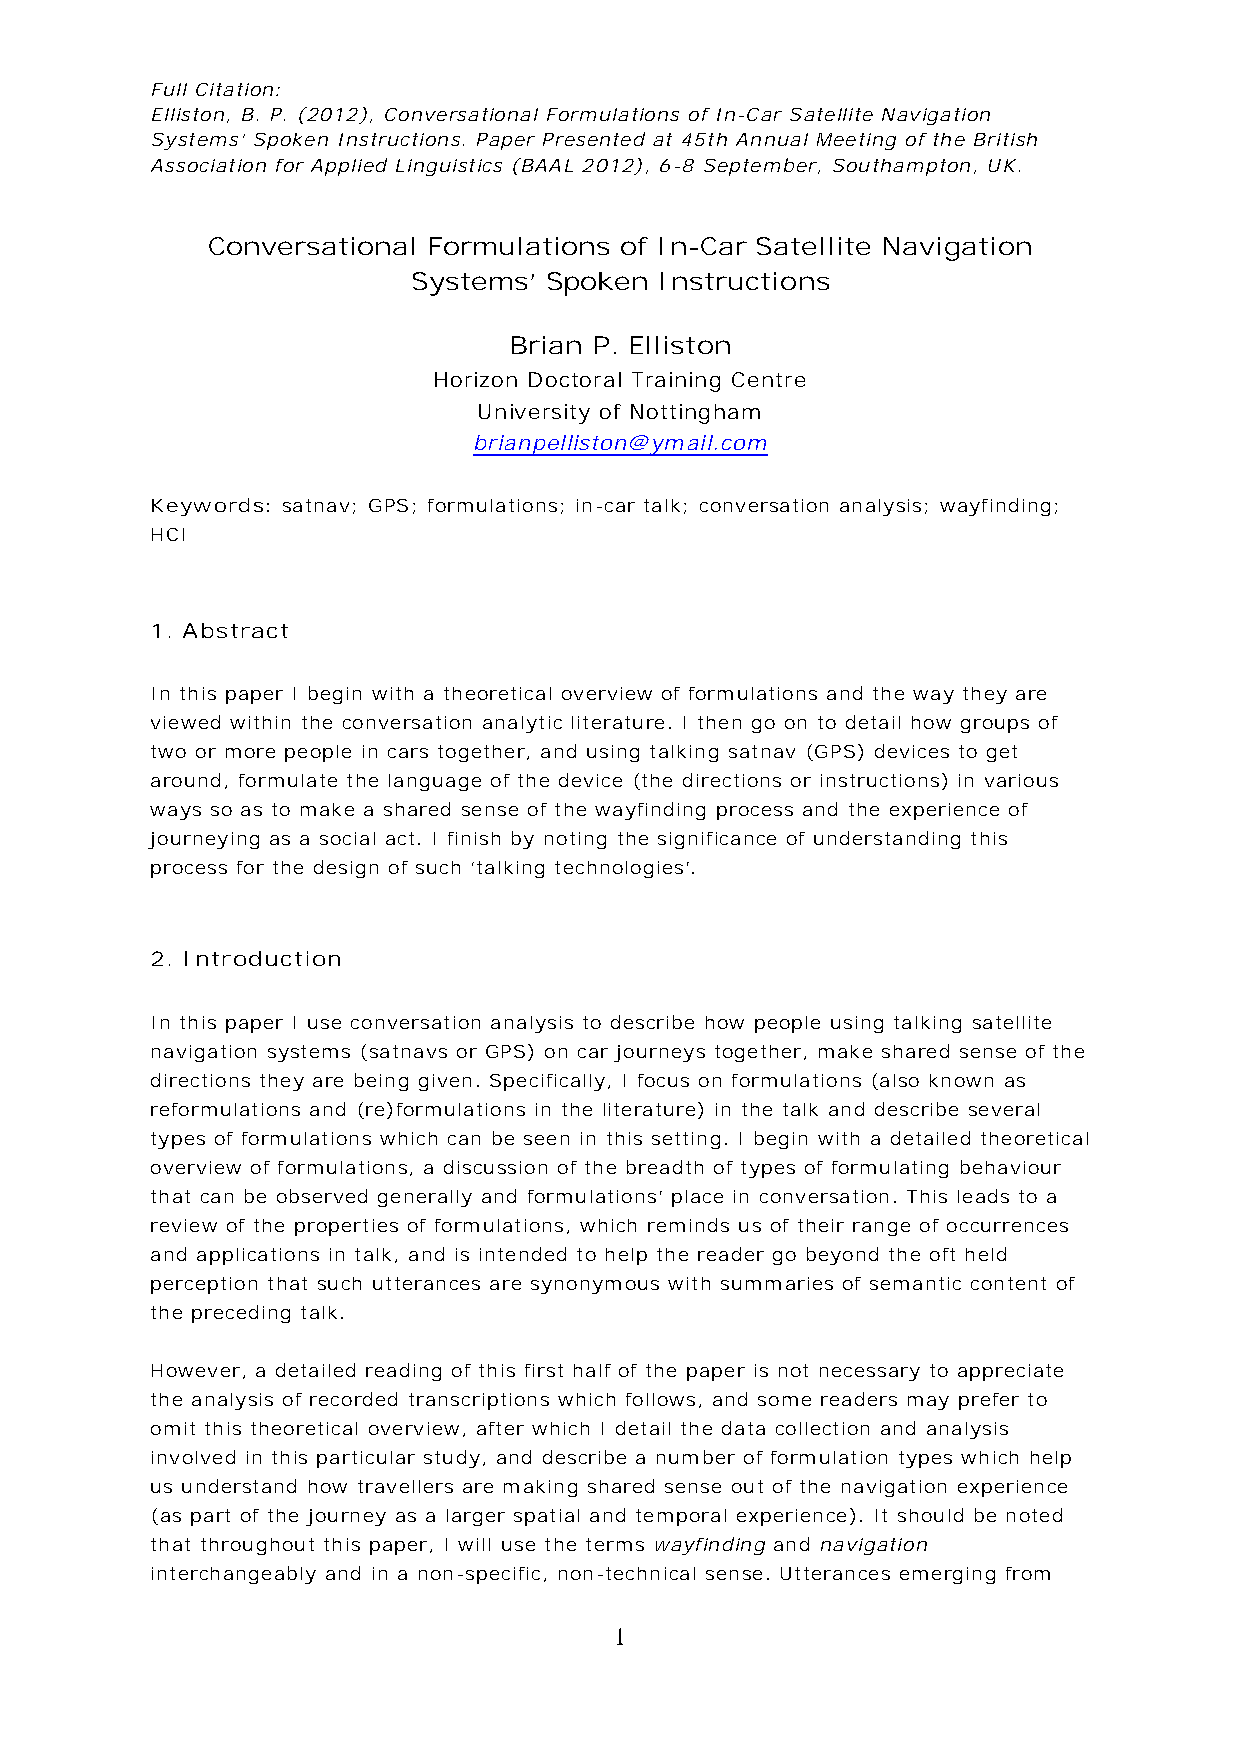
Full Citation:
 Elliston, B. P. (2012), Conversational Formulations of In-Car Satellite Navigation
 Systems’ Spoken Instructions. Paper Presented at 45th Annual Meeting of the British
 Association for Applied Linguistics (BAAL 2012), 6-8 September, Southampton, UK.
 Conversational Formulations of In-Car Satellite Navigation
 Systems’ Spoken  Instructions
 Brian P. Elliston
 Horizon Doctoral Training Centre
 University of Nottingham
 brianpelliston@ymail.com
 Keywords: satnav; GPS; formulations; in-car talk; conversation analysis; wayfinding;
 HCI
 1. Abstract
 In this paper I begin with a theoretical overview of formulations and the way they are
 viewed within the conversation analytic literature. I then go on to detail how groups of
 two or more people in cars together, and using talking satnav (GPS) devices to get
 around, formulate the language of the device (the directions or instructions) in various
 ways so as to make a shared sense of the wayfinding process and the experience of
 journeying as a social act. I finish by noting the significance of understanding this
 process for the design of such ‘talking technologies’.
 2. Introduction
 In this paper I use conversation analysis to describe how people using talking satellite
 navigation systems (satnavs or GPS) on car journeys together, make shared sense of the
 directions they are being given. Specifically, I focus on formulations (also known as
 reformulations and (re)formulations in the literature) in the talk and describe several
 types of formulations which can be seen in this setting. I begin with a detailed theoretical
 overview of formulations, a discussion of the breadth of types of formulating behaviour
 that can be observed generally and formulations’ place in conversation. This leads to a
 review of the properties of formulations, which reminds us of their range of occurrences
 and applications in talk, and is intended to help the reader go beyond the oft held
 perception that such utterances are synonymous with summaries of semantic content of
 the preceding talk.
 However, a detailed reading of this first half of the paper is not necessary to appreciate
 the analysis of recorded transcriptions which follows, and some readers may prefer to
 omit this theoretical overview, after which I detail the data collection and analysis
 involved in this particular study, and describe a number of formulation types which help
 us understand how travellers are making shared sense out of the navigation experience
 (as part of the journey as a larger spatial and temporal experience). It should be noted
 that throughout this paper, I will use the terms wayfinding and navigation
 interchangeably and in a non-specific, non-technical sense. Utterances emerging from
 1